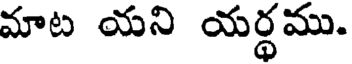
మాట యని యర్థము.